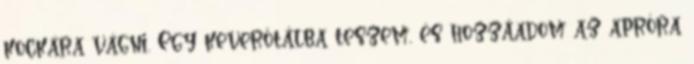
kockára vágni. Egy keverőtálba teszem, és hozzáadom az apróra